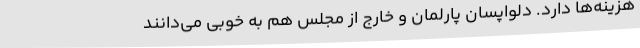
هزینه‌ها دارد. دلواپسان پارلمان و خارج از مجلس هم به خوبی می‌دانند